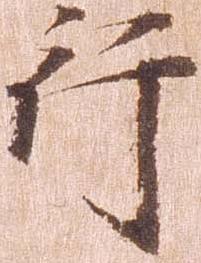
行